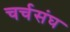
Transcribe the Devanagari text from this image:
चर्चसंघ